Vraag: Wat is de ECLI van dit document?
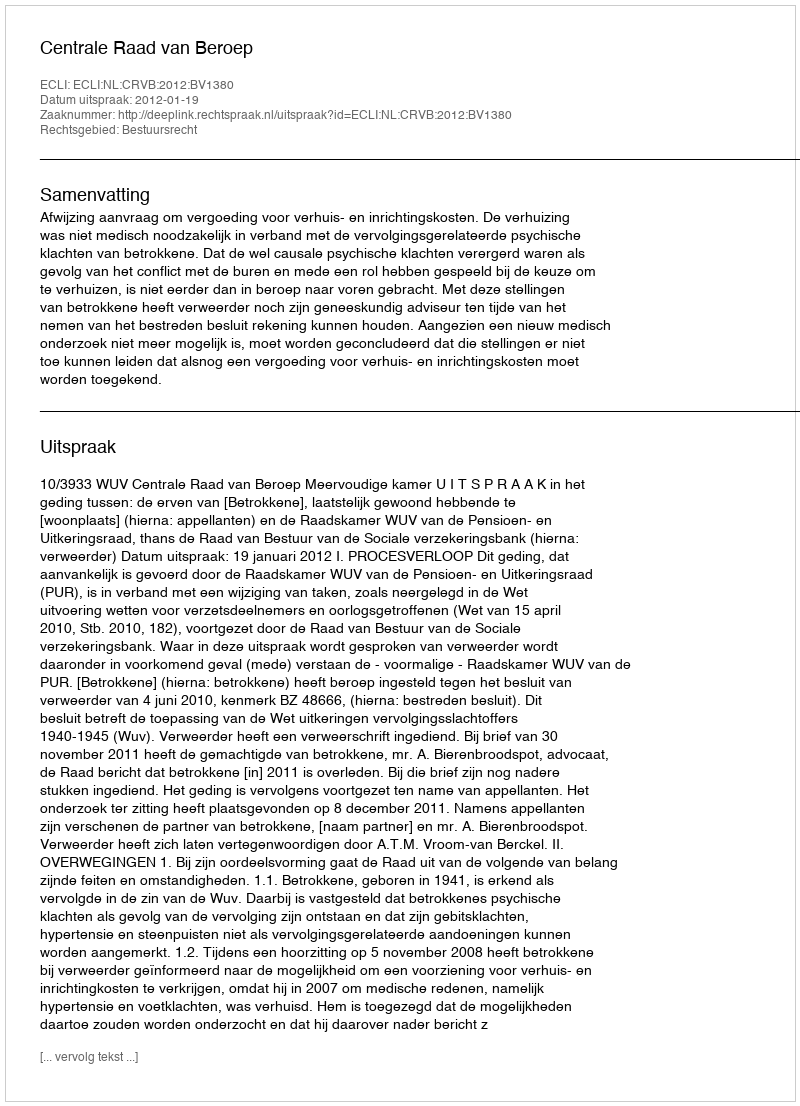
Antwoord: ECLI:NL:CRVB:2012:BV1380